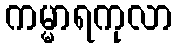
ကမ္မာရကုလာ